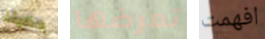
مضيئة تعرضها افهمت